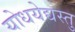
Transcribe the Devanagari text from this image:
योधयेद्यस्तु